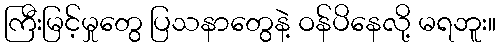
ကြီးမြင့်မှုတွေ ပြသနာတွေနဲ့ ဝန်ပိနေလို့ မရဘူး။